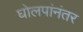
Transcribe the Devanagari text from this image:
घोलपांनंतर